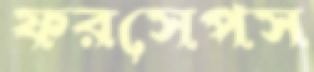
ফরসেপস